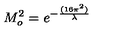
M _ { o } ^ { 2 } = e ^ { - { \frac { ( 1 6 \pi ^ { 2 } ) } { \lambda } } }